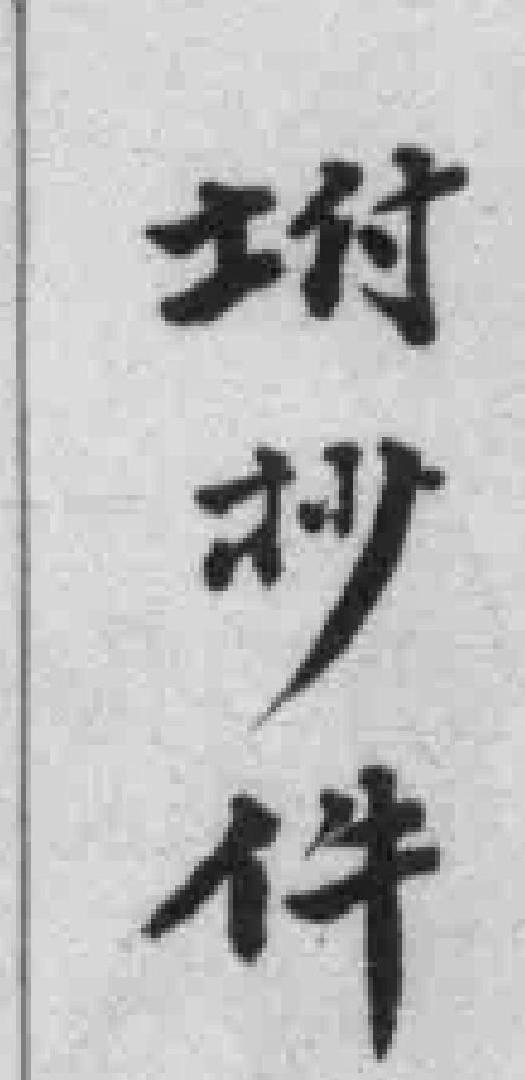
坿抄件